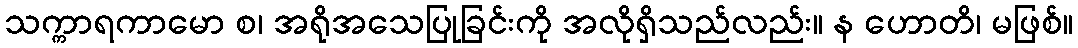
သက္ကာရကာမော စ၊ အရိုအသေပြုခြင်းကို အလိုရှိသည်လည်း။ န ဟောတိ၊ မဖြစ်။